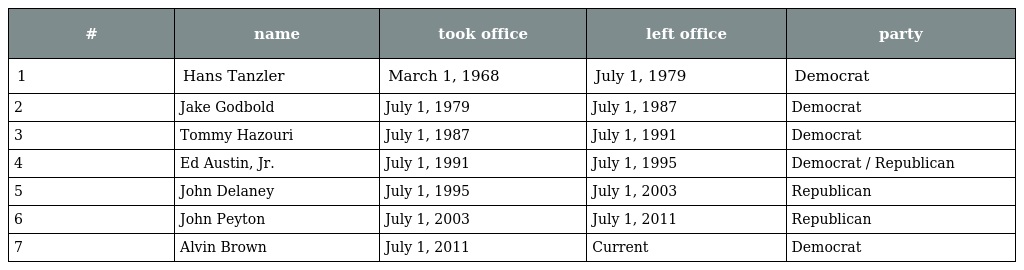
| # | name | took office | left office | party |
 | --- | --- | --- | --- | --- |
 | 1 | Hans Tanzler | March 1, 1968 | July 1, 1979 | Democrat |
 | 2 | Jake Godbold | July 1, 1979 | July 1, 1987 | Democrat |
 | 3 | Tommy Hazouri | July 1, 1987 | July 1, 1991 | Democrat |
 | 4 | Ed Austin, Jr. | July 1, 1991 | July 1, 1995 | Democrat / Republican |
 | 5 | John Delaney | July 1, 1995 | July 1, 2003 | Republican |
 | 6 | John Peyton | July 1, 2003 | July 1, 2011 | Republican |
 | 7 | Alvin Brown | July 1, 2011 | Current | Democrat |